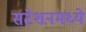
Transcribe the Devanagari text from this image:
सटेशनमध्ये